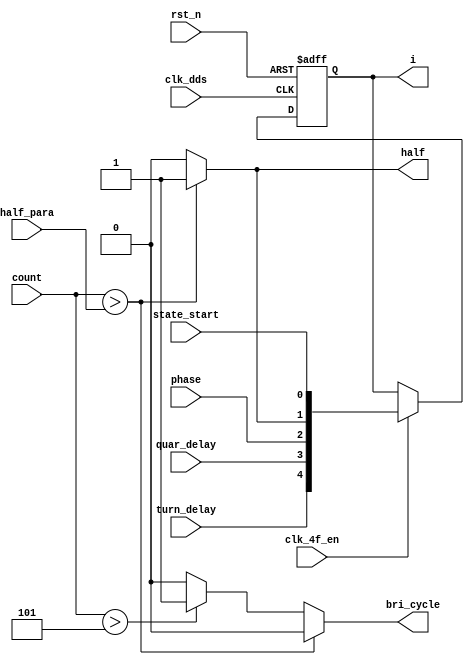
// bri_coder.v
module bri_coder(
                 clk_dds,
                 clk_4f_en,
                 rst_n,
                 state_start,
                 quar_delay,
                 phase,
                 count,
                 half_para,
                 half,
                 bri_cycle,
                 i,
                 turn_delay
                );
input clk_dds;
input clk_4f_en;
input rst_n;
input state_start;
input quar_delay;//1/4
input phase;//

input [7:0] count;
input [7:0] half_para;
input turn_delay;

output half;
output bri_cycle;
output [4:0] i;

reg half;//
reg bri_cycle;
reg [4:0] i;

always @ (count or half_para)
    begin
         if (count > half_para)
             {half,bri_cycle} = 2'b10;
         else if (count > 8'd5)
             {half,bri_cycle} = 2'b01;
         else
             {half,bri_cycle} = 2'b00;
    end

always @ (negedge rst_n or posedge clk_dds)//quar_delay,phase
    begin
         if (rst_n == 1'b0)
             i <= 5'b0;
         else
             begin
                  if (clk_4f_en == 1'b1)
                      i <= {turn_delay,quar_delay,phase,half,state_start};
                  else
                      i <= i;
             end
    end
//assign i = {quar_delay,phase,1'b0,1'b1};

endmodule